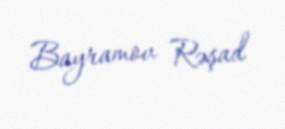
Bayramov Rəşad